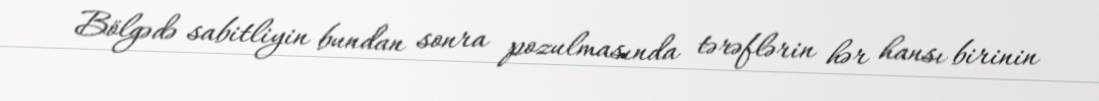
Bölgədə sabitliyin bundan sonra pozulmasında tərəflərin hər hansı birinin